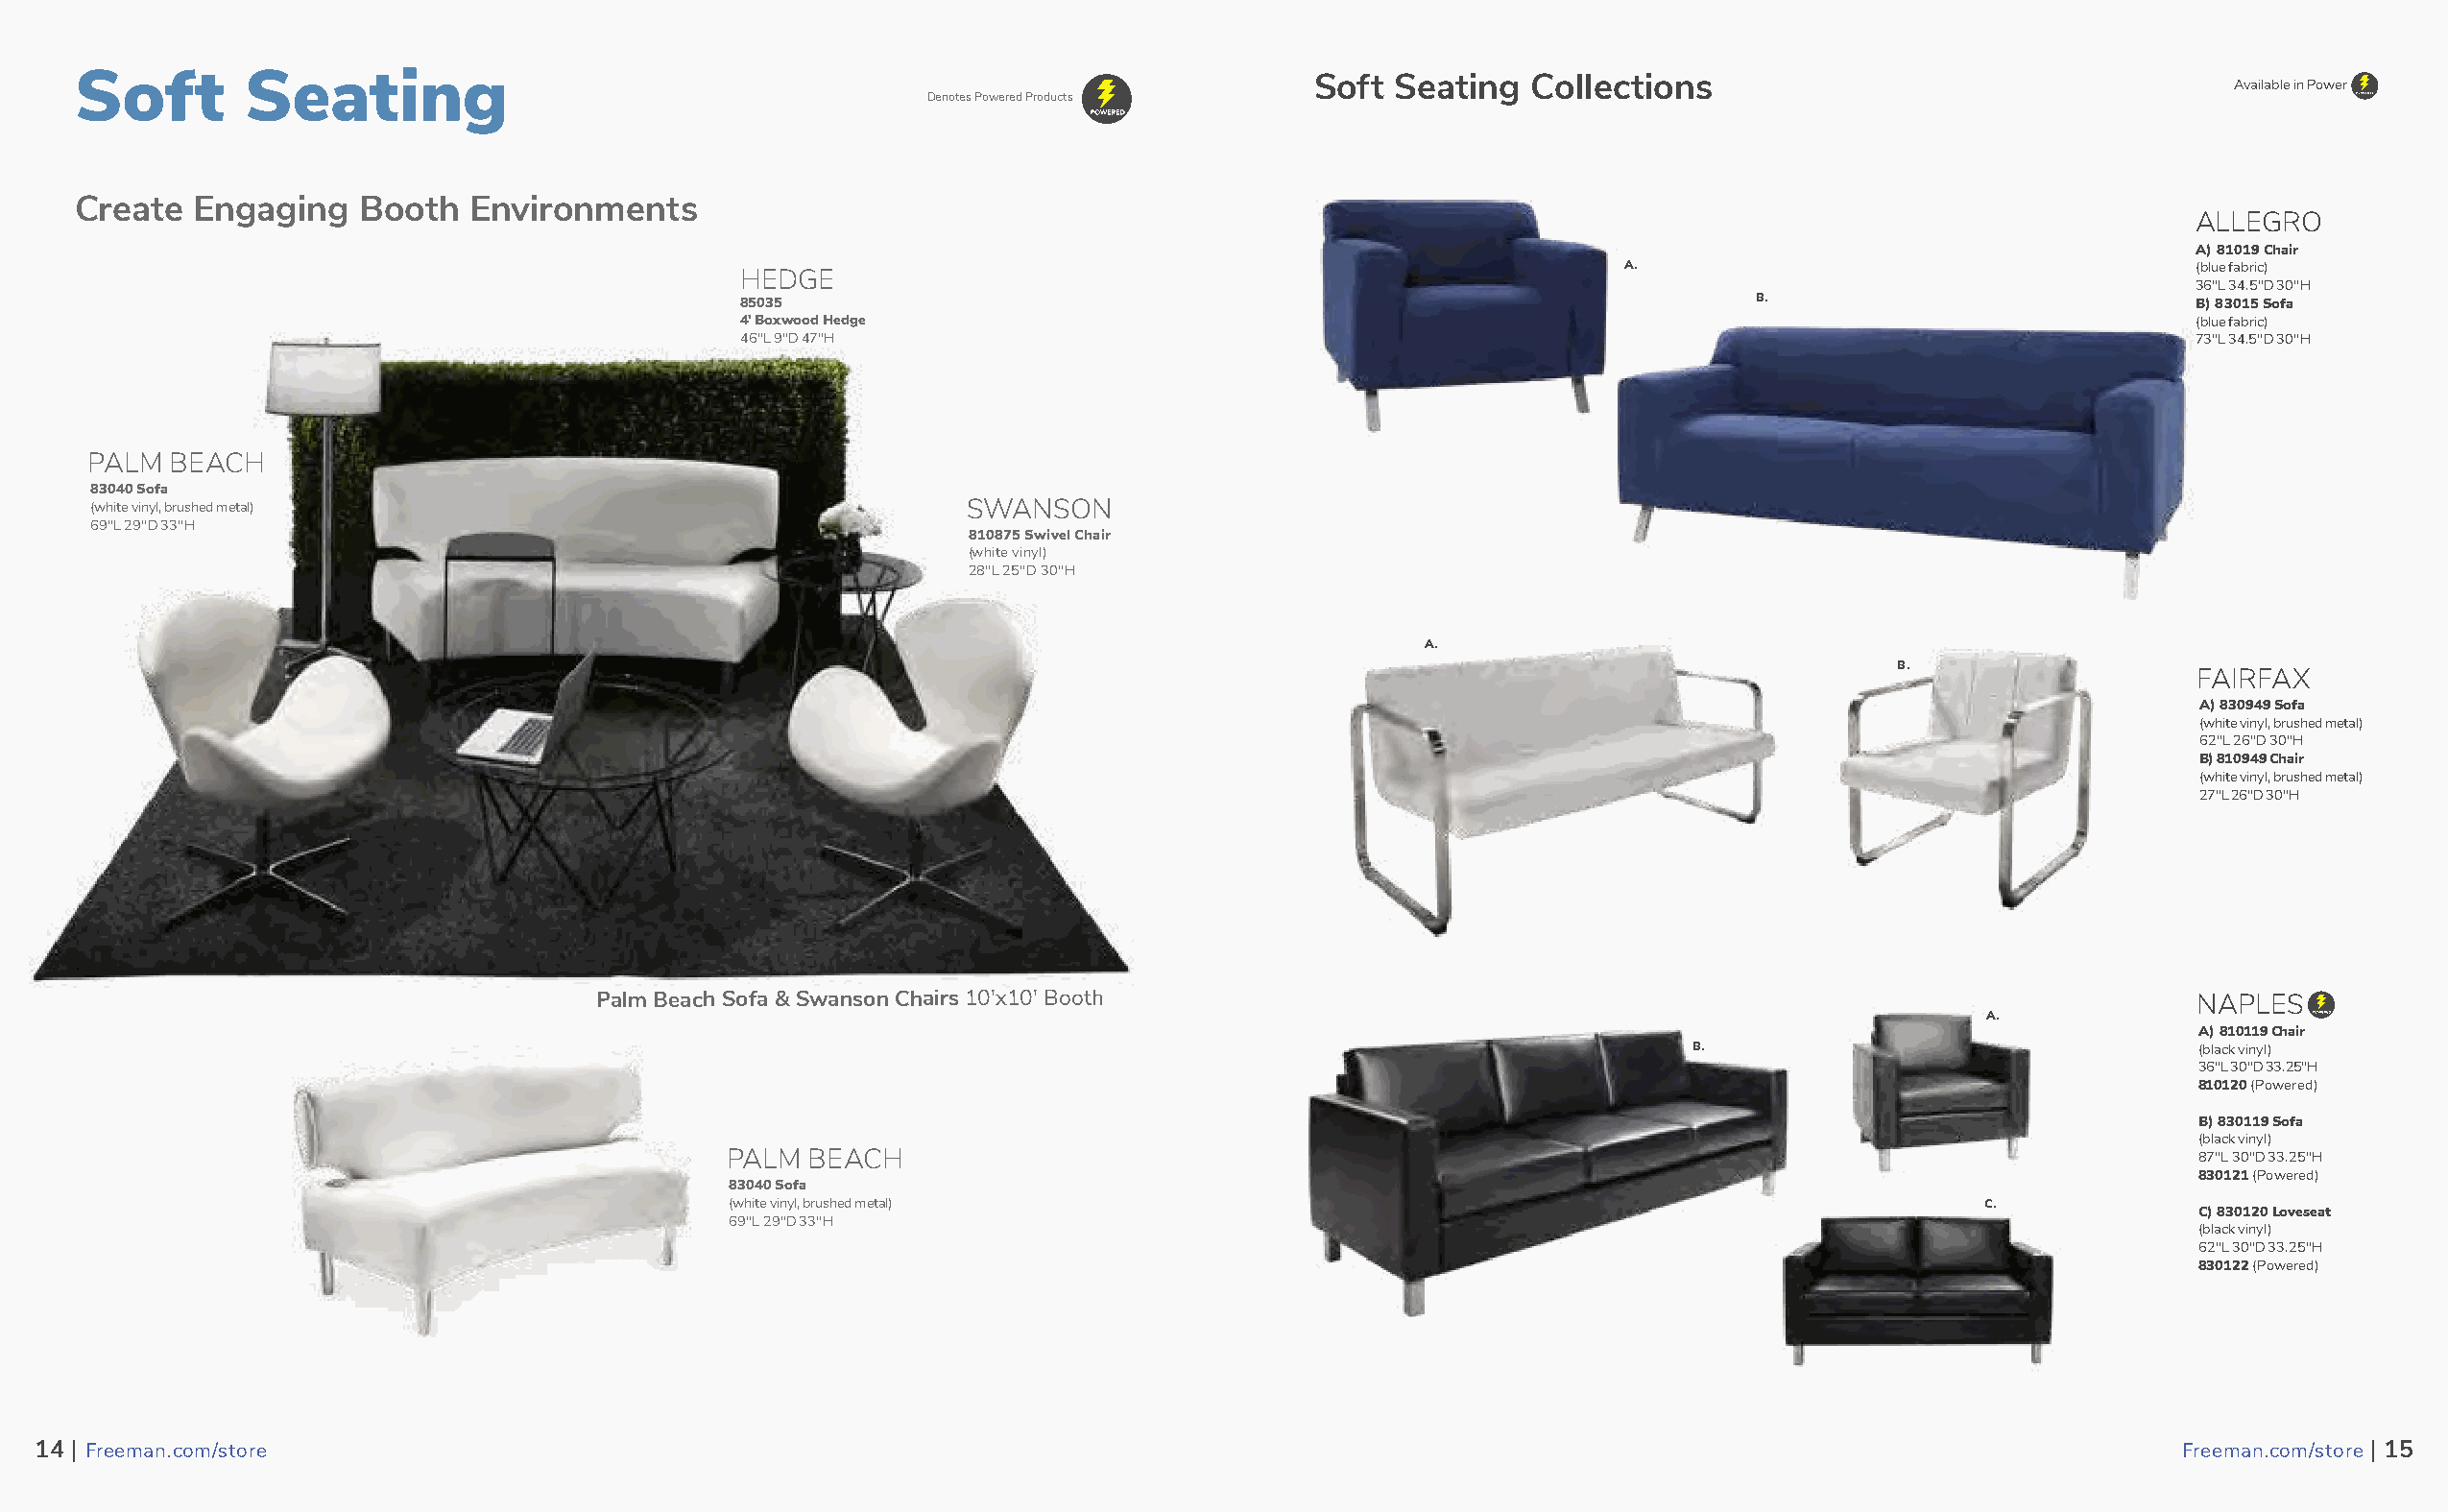
Soft        Seating                                                                   Soft Seating   Collections
 Available in Power
 Denotes Powered Products
 Create  Engaging    Booth  Environments
 ALLEGRO
 A) 81019 Chair
 A.                                     (blue fabric)
 HEDGE
 36"L 34.5"D 30"H
 85035                                                                 B.                            B) 83015 Sofa
 4' Boxwood Hedge                                                                                    (blue fabric)
 46"L 9"D 47"H                                                                                       73"L 34.5"D 30"H
 PALM  BEACH
 83040 Sofa
 (white vinyl, brushed metal)                                 SWANSON
 69"L 29"D 33"H
 810875 Swivel Chair
 (white vinyl)
 28"L 25"D 30"H
 A.
 B.                  FAIRFAX
 A) 830949 Sofa
 (white vinyl, brushed metal)
 62"L 26"D 30"H
 B) 810949 Chair
 (white vinyl, brushed metal)
 27"L 26"D 30"H
 Palm Beach Sofa & Swanson Chairs 10'x10' Booth                                                                NAPLES
 A.
 A) 810119 Chair
 B.                                 (black vinyl)
 36"L 30"D 33.25"H
 810120 (Powered)
 B) 830119 Sofa
 (black vinyl)
 PALM  BEACH                                                                                           87"L 30"D 33.25"H
 830121 (Powered)
 83040 Sofa
 (white vinyl, brushed metal)                                                           C.
 C) 830120 Loveseat
 69"L 29"D 33"H
 (black vinyl)
 62"L 30"D 33.25"H
 830122 (Powered)
 1144 || FFrreeeemmaann..ccoomm//ssttoorree                                                                                                          FFrreeeemmaann..ccoomm//ssttoorree || 1155
 15                                                                                                                                                                 16